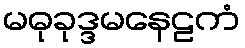
မဓုခုဒ္ဒမနေဠကံ